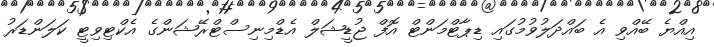
އިއްޔެ ބޭއްވި އެ ބައްދަލުވުމުގައި ޑިޕާޓްމަންޓް އޮފް ޖުޑީޝަލް އެޑްމިނިސްޓްރޭޝަންގެ އެކްޓިވިޓީ ކަލަންޑަރު